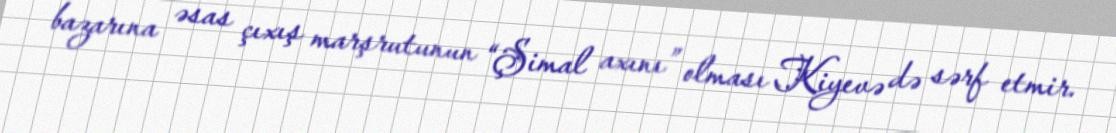
bazarına əsas çıxış marşrutunun “Şimal axını” olması Kiyevə də sərf etmir.